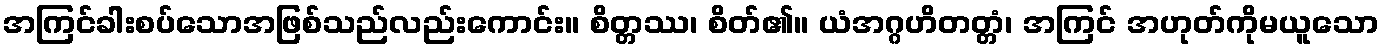
အကြင်ခါးစပ်သောအဖြစ်သည်လည်းကောင်း။ စိတ္တဿ၊ စိတ်၏။ ယံအဂ္ဂဟိတတ္တံ၊ အကြင် အဟုတ်ကိုမယူသော